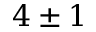
4 \pm 1